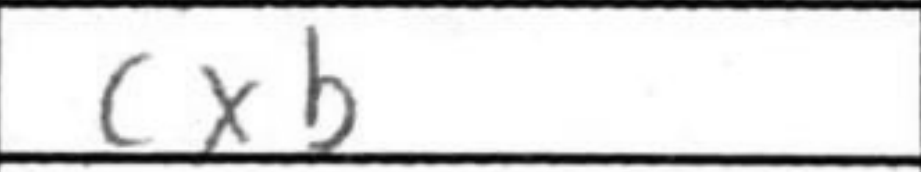
Transcription: cxb